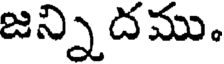
జన్నిదము.